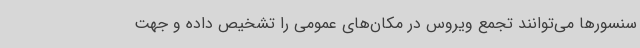
سنسورها می‌توانند تجمع ویروس در مکان‌های عمومی را تشخیص داده و جهت